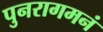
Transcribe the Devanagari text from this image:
पुनरागमनं